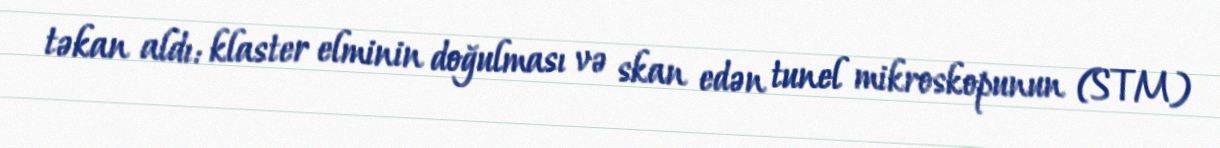
təkan aldı: klaster elminin doğulması və skan edən tunel mikroskopunun (STM)